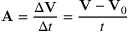
\mathbf { A } = { \frac { \Delta \mathbf { V } } { \Delta t } } = { \frac { \mathbf { V } - \mathbf { V } _ { 0 } } { t } }